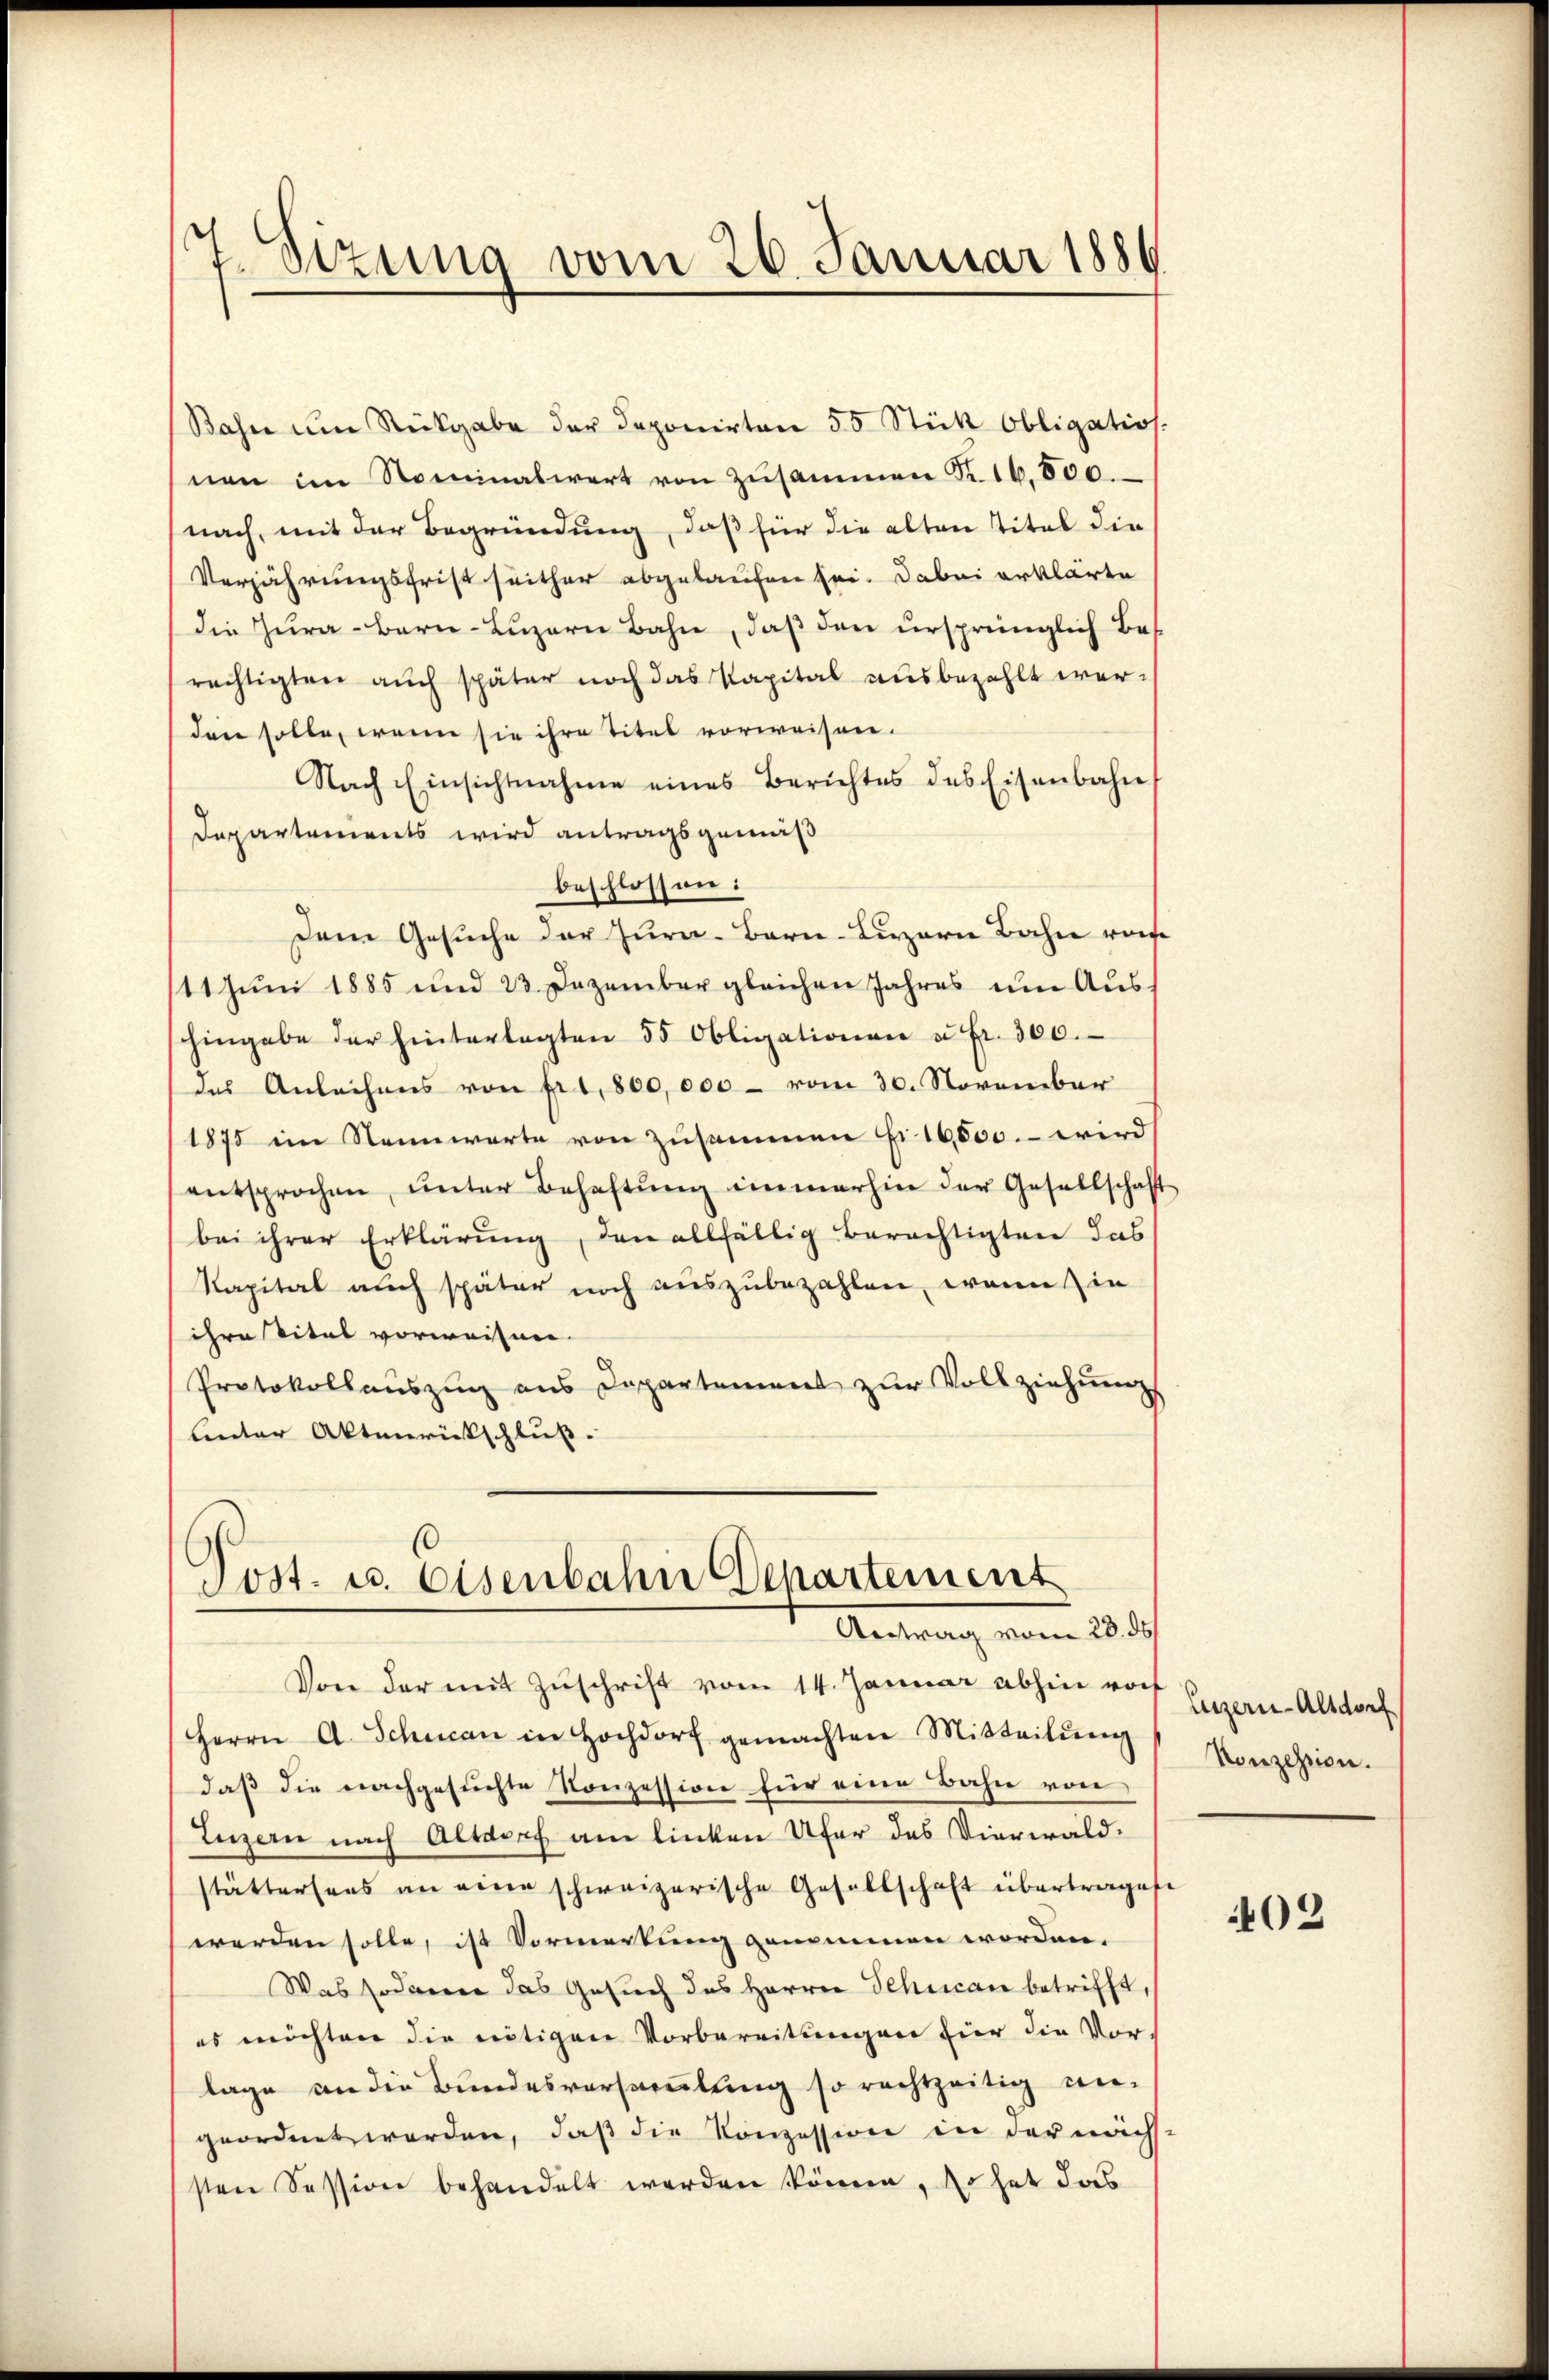
Bahn um Rückgabe der Deponirten 55 Stick Obligatios.
nen im Nominalwert von zusammen Nr. 16,500.
nach, mit der Begründung, daß für die alten Titel die
Verjährungsfrist seither abgelaufen sei. Dabei erklärte
die Zura-Bern Luzern Bahn, daß den ursprünglich Berechtigten auch später noch das Kapital ausbezahlt werden solle, wenn sie ihre Titel vorweisen.
Nach Einsichtnahme eines Berichtes des Eisenbahn
Departements wird antragsgemäß
beschlossen:
Dem Gesuche der Jura. Bern-Luzerne Bahn reise
11 Juni 1885 und 23. Dezember gleichen Jahres um Aus-
hingabe der hinterlegten 55 Obligationen u Fr. 300.
des Anleihens von fr. 1,800,000 - vom 30. November
1875 im Nennwarte von zusammen fi 16,000. – wird
entsprochen, ŭnter Behaftŭng immerhin der Gesellschaft
bei ihrer Erklärung, den allfällig berechtigten das
Kapital auch später noch auszubezahlen, wenn in
ihre ital vorweisen.
Protokollauszug aus Departement zur Vollziehungs
linter Aktenrickschluß.

v Sizung vom 26. Januar 1886

Post- u. Eisenbahn Departement
Antrag vom 23. ds.

Von der mit Zuschrift vom 14. Januar abhin von
Herrn A. Schwan in Hochdorf gemachten Mitteilŭng
daß die nachgesuchte Konzession für eine Bahn von
Luzern nach Altarrh ane linken Ufer des Vierwald-
stättersees an eine schweizerische Gesellschaft übertragese
werden solle, ist Vormerkung genommen worden.
Was sodann das Gesuch des Herrn Schican betrifft,
es möchten die nötigen Vorbereitungen für die Vorlage an die Bundesversammlung so rechtzeitig ungeordnet werden, daß die Konzession in der nächs-
sten Session behandelt werden könne, so hat das

Luzern-Altdorf
Konzession.

402